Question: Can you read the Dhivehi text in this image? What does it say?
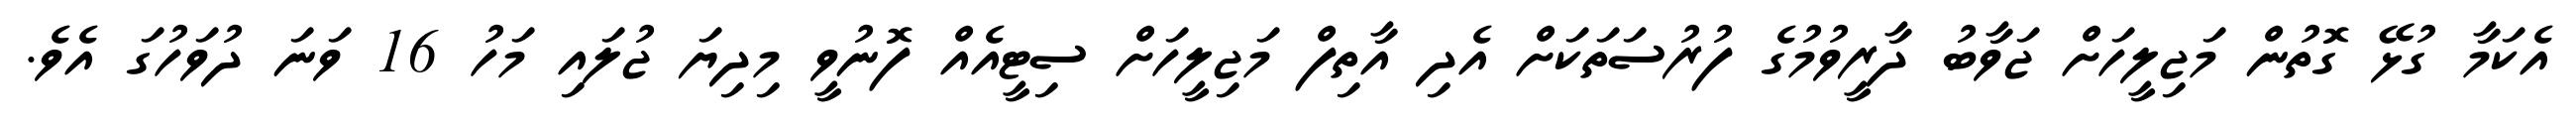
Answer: އެކަމާ ގުޅޭ ގޮތުން މަޖިލީހަށް ޖަވާބު ދާރީވުމުގެ ފުރުސަތަކަށް އެދި އާތިފް މަޖިލީހަށް ސިޓީއެއް ފޮނުވީ މިދިޔަ ޖުލައި މަހު 16 ވަނަ ދުވަހުގަ އެވެ.